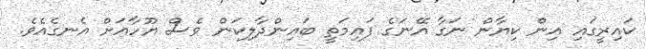
ކައިރީގައި އިން ކިޔާން ނަގާ އޭނަގެ ފައިމަތީ ބައިންދާލިކަން ވެސް ޔޫހާއަށް އެނގެއެވެ.